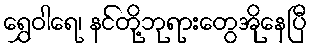
ရွှေဝါရေ၊ နင်တို့ဘုရားတွေအိုနေပြီ